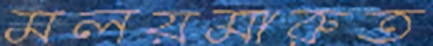
মলয়মারুত